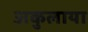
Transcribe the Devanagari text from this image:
अकुलाया